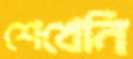
শেখেনি